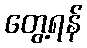
တွေ့ရန်